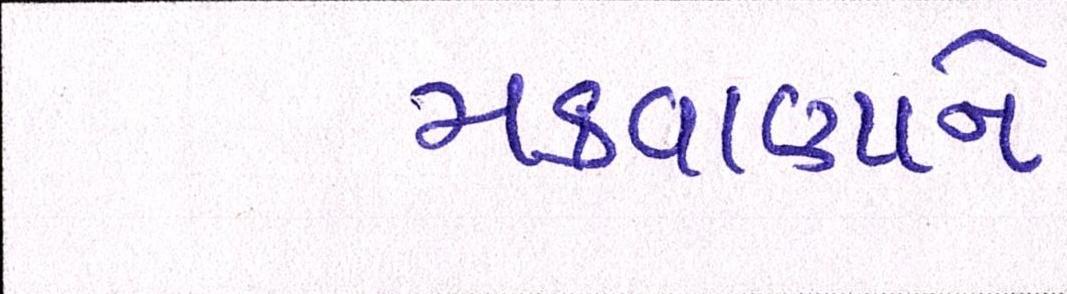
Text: મકવાણાને